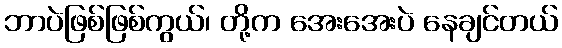
ဘာပဲဖြစ်ဖြစ်ကွယ်၊ တို့က အေးအေးပဲ နေချင်တယ်